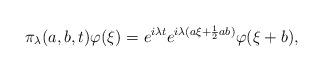
LaTeX: \begin{align*}\pi_\lambda(a, b, t) \varphi(\xi) = e^{i \lambda t} e^{i \lambda(a \xi+\frac{1}{2} ab)} \varphi(\xi+b),\end{align*}